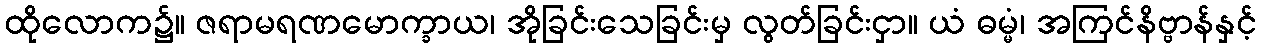
ထိုလောက၌။ ဇရာမရဏမောက္ခာယ၊ အိုခြင်းသေခြင်းမှ လွတ်ခြင်းငှာ။ ယံ ဓမ္မံ၊ အကြင်နိဗ္ဗာန်နှင့်